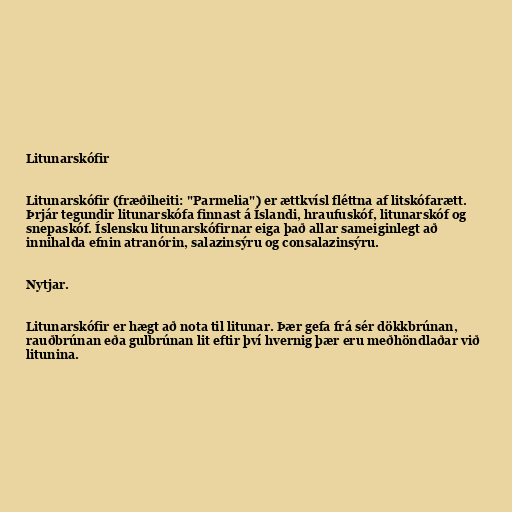
Litunarskófir

Litunarskófir (fræðiheiti: "Parmelia") er ættkvísl fléttna af litskófarætt.
Þrjár tegundir litunarskófa finnast á Íslandi, hraufuskóf, litunarskóf og
snepaskóf. Íslensku litunarskófirnar eiga það allar sameiginlegt að
innihalda efnin atranórin, salazinsýru og consalazinsýru.

Nytjar.

Litunarskófir er hægt að nota til litunar. Þær gefa frá sér dökkbrúnan,
rauðbrúnan eða gulbrúnan lit eftir því hvernig þær eru meðhöndlaðar við
litunina.